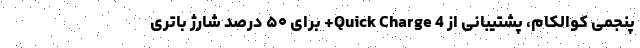
پنجمی کوالکام، پشتیبانی از Quick Charge 4+ برای ۵۰ درصد شارژ باتری